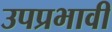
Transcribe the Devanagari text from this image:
उपप्रभावी